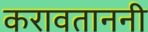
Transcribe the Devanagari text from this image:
करावताननी